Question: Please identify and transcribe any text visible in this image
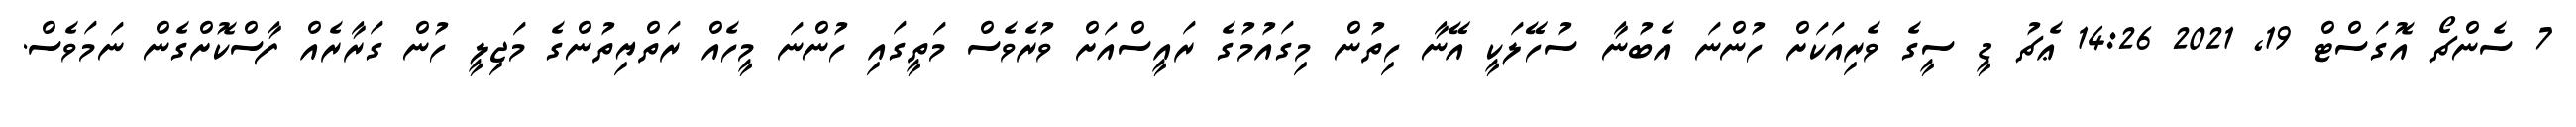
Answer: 7 ސެންޗޯ އޮގަސްޓް 19, 2021 14:26 ޢެޗު ޑީ ސީގެ ވެރިއަކަށް ހުންނަ އެބުނާ ސުހޭލަކީ އޭނާ ހިތުން މިގައުމުގެ ރައީސްއަށް ވުރެވެސް މަތީގައި ހުންނަ މީހެއް ރަތްޔިތުންގެ މަޖިލީ ހުން ގަރާރެއް ފާސްކޮށްގެން ނަމަވެސް.